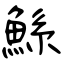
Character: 鯀